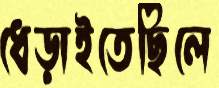
ধেড়াইতেছিলে